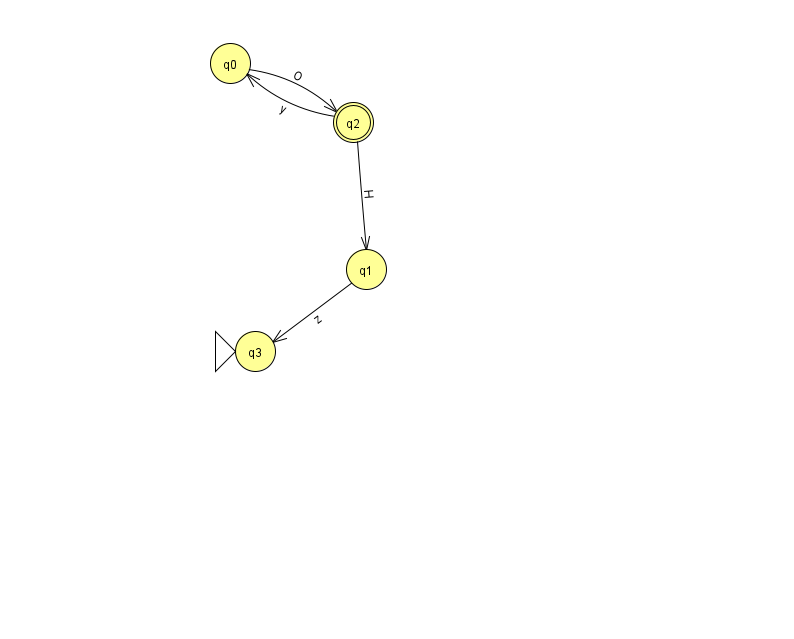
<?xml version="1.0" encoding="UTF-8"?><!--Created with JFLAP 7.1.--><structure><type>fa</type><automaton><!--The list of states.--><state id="0" name="q0"><x>230.0</x><y>50.0</y></state><state id="1" name="q1"><x>366.0</x><y>256.0</y></state><state id="2" name="q2"><x>353.0</x><y>109.0</y><final/></state><state id="3" name="q3"><x>255.0</x><y>338.0</y><initial/></state><!--The list of transitions.--><transition><from>1</from><to>3</to><read>z</read></transition><transition><from>0</from><to>2</to><read>O</read></transition><transition><from>2</from><to>0</to><read>y</read></transition><transition><from>2</from><to>1</to><read>H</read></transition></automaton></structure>